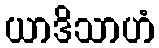
ယာဒိသာဟံ